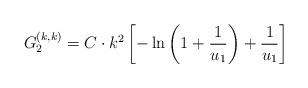
LaTeX: \begin{align*}G_2^{(k,k)}= C\cdot k^2\left[-\ln\left(1+\frac{1}{u_1}\right)+\frac{1}{u_1}\right]\end{align*}